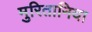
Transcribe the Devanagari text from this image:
मुरितानिया